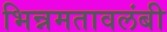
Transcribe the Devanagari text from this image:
भिन्नमतावलंबी